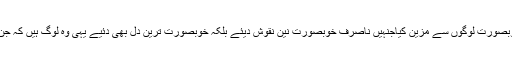
اللہ نے کائنات خوبصورت بنائی ، اور اس کائنات کو خوبصورت لوگوں سے مزین کیاجنہیں ناصرف خوبصورت نین نقوش دیئے بلکہ خوبصورت ترین دل بھی دئیے یہی وہ لوگ ہیں کہ جن کے دم سے اللہ کریم نے کائنات کو سجائے رکھا ہے ۔